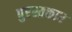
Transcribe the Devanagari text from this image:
पुरस्तकार